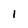
Character: 1